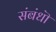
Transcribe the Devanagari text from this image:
संबंधॊ